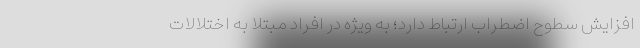
افزایش سطوح اضطراب ارتباط دارد؛ به ویژه در افراد مبتلا به اختلالات